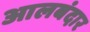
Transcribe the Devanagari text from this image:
आलबंदार